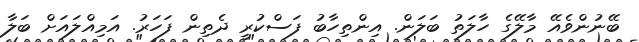
ބޭނުންވެއޭ މާލޭގެ ހާލަތު ބަލަން. އިންތިހާބު ފަސްކުރީ ދެތިން ފަހަރު. އަމިއްލައަށް ބަލާ